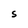
Character: S